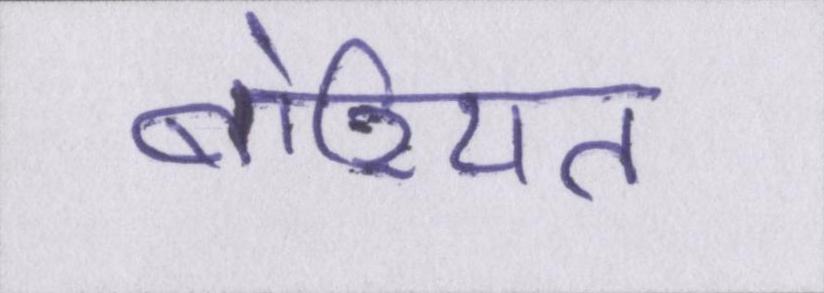
बोरियत